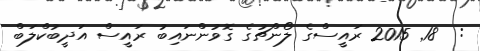
:  18